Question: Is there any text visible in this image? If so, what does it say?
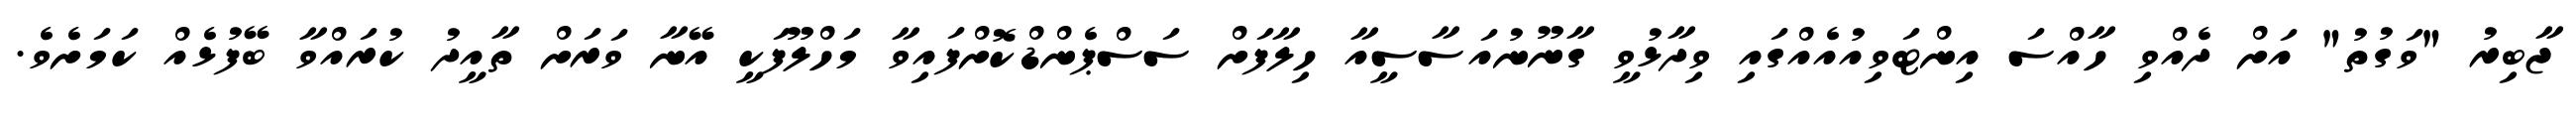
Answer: ޖާބިރު "ވަގުތު" އަށް ދެއްވި ހާއްސަ އިންޓަވިއުއެއްގައި ވިދާޅުވީ ގާނޫނުއަސާސީއާ ހިލާފަށް ސަސްޕެންޑްކޮށްފައިވާ މަހްލޫފަކީ އޭނާ ވަރަށް ތާއީދު ކުރައްވާ ބޭފުޅެއް ކަމަށެވެ.